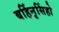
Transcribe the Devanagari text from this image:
बर्हिनृसिंहो